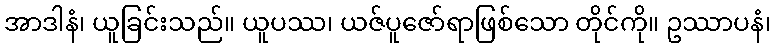
အာဒါနံ၊ ယူခြင်းသည်။ ယူပဿ၊ ယဇ်ပူဇော်ရာဖြစ်သော တိုင်ကို။ ဥဿာပနံ၊